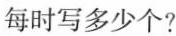
每时写多少个?